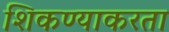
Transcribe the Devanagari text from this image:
शिकण्याकरता